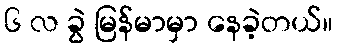
၆ လ ခွဲ မြန်မာမှာ နေခဲ့တယ်။